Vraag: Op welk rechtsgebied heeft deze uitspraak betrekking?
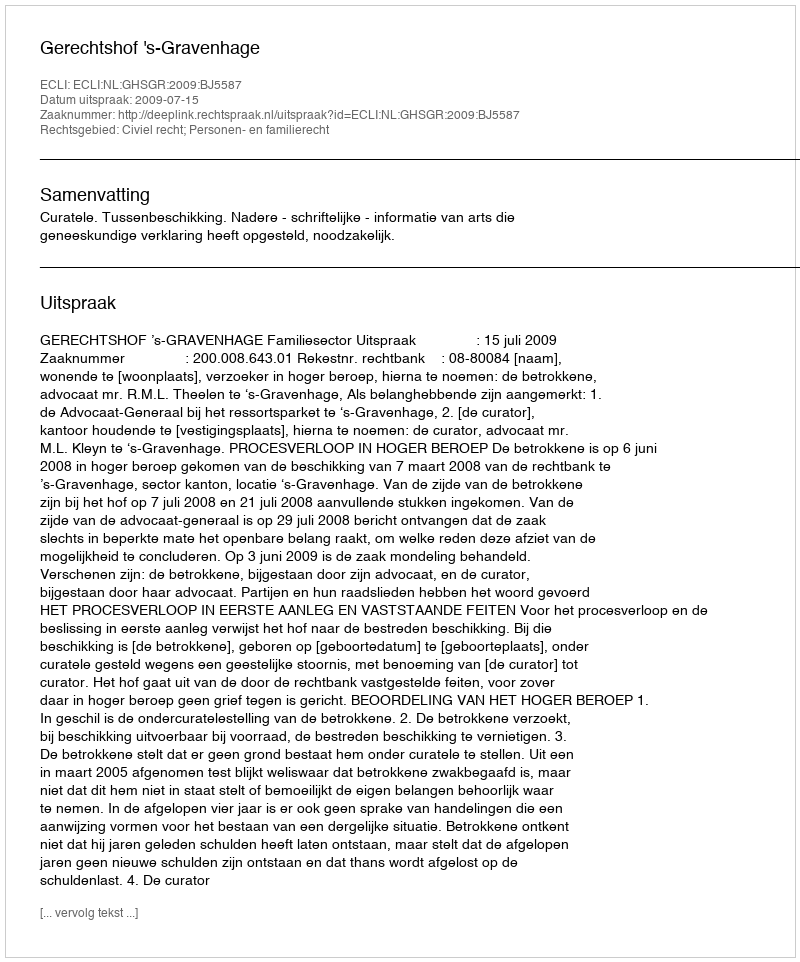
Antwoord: Civiel recht; Personen- en familierecht